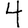
Digit: 4